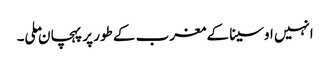
انہیں اوسینا کے مغرب کے طور پر پہچان ملی۔